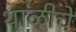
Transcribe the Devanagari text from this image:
थाळीचे